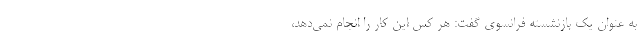
به عنوان یک بازنشسته فرانسوی گفت: هر کس این کار را انجام نمی‌دهد،